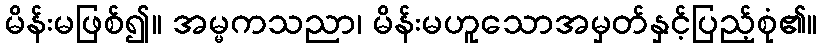
မိန်းမဖြစ်၍။ အမ္မကသညာ၊ မိန်းမဟူသောအမှတ်နှင့်ပြည့်စုံ၏။